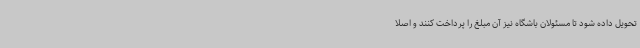
تحویل داده شود تا مسئولان باشگاه نیز آن‌ مبلغ را پرداخت کنند و اصلا